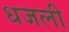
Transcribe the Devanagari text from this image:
धजली